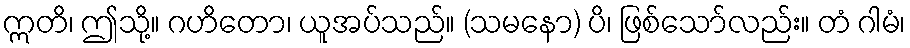
ဣတိ၊ ဤသို့။ ဂဟိတော၊ ယူအပ်သည်။ (သမနော) ပိ၊ ဖြစ်သော်လည်း။ တံ ဂါမံ၊